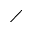
\diagup